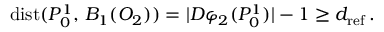
\begin{array} { r } { \mathrm { d i s t } ( P _ { 0 } ^ { 1 } , \, B _ { 1 } ( O _ { 2 } ) ) = | D \varphi _ { 2 } ( P _ { 0 } ^ { 1 } ) | - 1 \geq d _ { \mathrm { r e f } } \, . } \end{array}